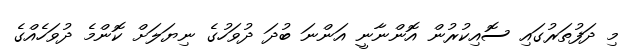
މި ދަފުތަރުގައި ސޮއިކުރުން އޮންނާނީ އަންނަ ބުދަ ދުވަހުގެ ނިޔަލަށް ކޮންމެ ދުވަހެއްގެ